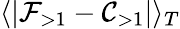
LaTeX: \langle\left|\mathcal{F}_{>1}-\mathcal{C}_{>1}\right|\rangle_{T}